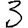
Digit: 3